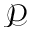
\mathcal { P }